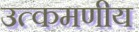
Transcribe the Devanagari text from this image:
उत्कमणीय